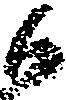
候